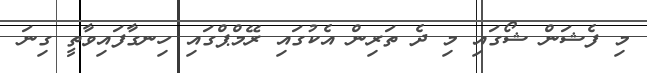
މި ފެޝަން ޝޯގައި މި ދެ ތަރިން އެކުގައި ރޭމްޕްގައި ހިނގާފައިވާތީ ގިނަ